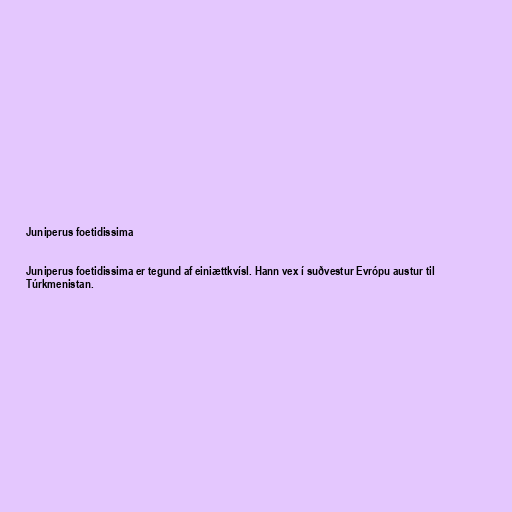
Juniperus foetidissima

Juniperus foetidissima er tegund af einiættkvísl. Hann vex í suðvestur Evrópu austur til
Túrkmenistan.